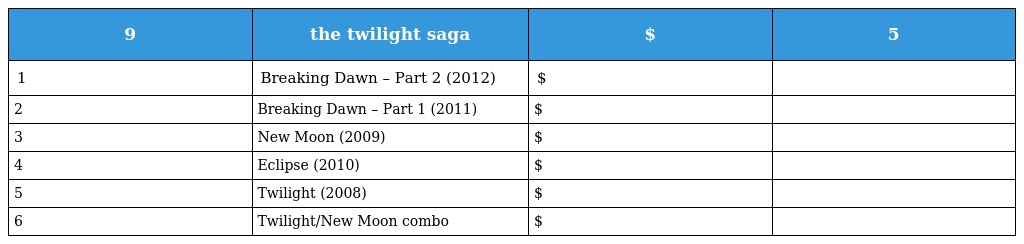
| 9 | the twilight saga | $ | 5 |
 | --- | --- | --- | --- |
 | 1 | Breaking Dawn – Part 2 (2012) | $ |  |
 | 2 | Breaking Dawn – Part 1 (2011) | $ |  |
 | 3 | New Moon (2009) | $ |  |
 | 4 | Eclipse (2010) | $ |  |
 | 5 | Twilight (2008) | $ |  |
 | 6 | Twilight/New Moon combo | $ |  |